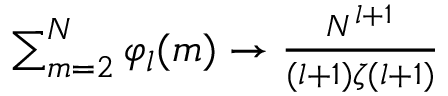
\begin{array} { r } { \sum _ { m = 2 } ^ { N } \varphi _ { l } ( m ) \to \frac { N ^ { l + 1 } } { ( l + 1 ) \zeta ( l + 1 ) } } \end{array}